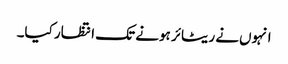
انہوں‌نے ریٹائر ہونے تک انتظار کیا۔